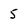
Character: 5